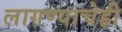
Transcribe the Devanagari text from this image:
लागण्याचेही